Scottish Leaving Certificate Examination, 1957
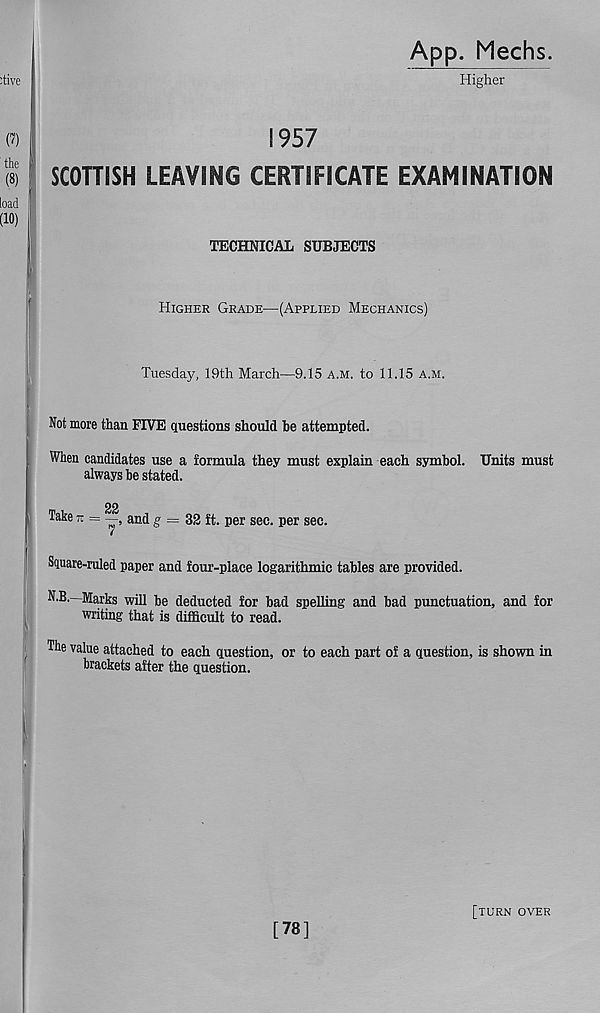
App. Mechs.
Higher
1957
SCOTTISH LEAVING CERTIFICATE EXAMINATION
TECHNICAL SUBJECTS
Higher Grade—(Applied Mechanics)
Tuesday, 19th March—9.15 A.M. to 11.15 a.m.
Not more than FIVE questions should be attempted.
When candidates use a formula they must explain each symbol. Units must
always be stated.
22
Take - =
and g = 32 ft. per sec. per sec.
Square-ruled paper and four-place logarithmic tables are provided.
N.B.—Marks will be deducted for bad spelling and bad punctuation, and for
writing that is difficult to read.
The value attached to each question, or to each part of a question, is shown in
brackets after the question.
|
[78]
[turn over